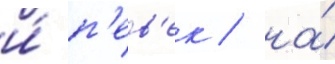
и́ п'ев'ек / на́